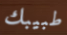
طبيبك